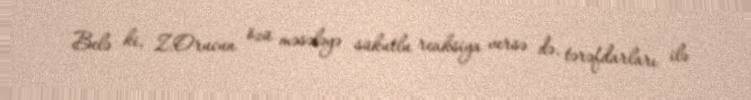
Belə ki, Z.Orucun özü məsələyə sükutlu reaksiya versə də, tərəfdarları ilə